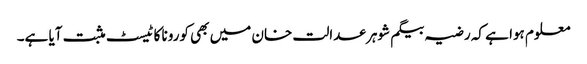
معلوم ہوا ہے کہ رضیہ بیگم شوہر عدالت خان میں بھی کورونا کا ٹیسٹ مثبت آیا ہے۔